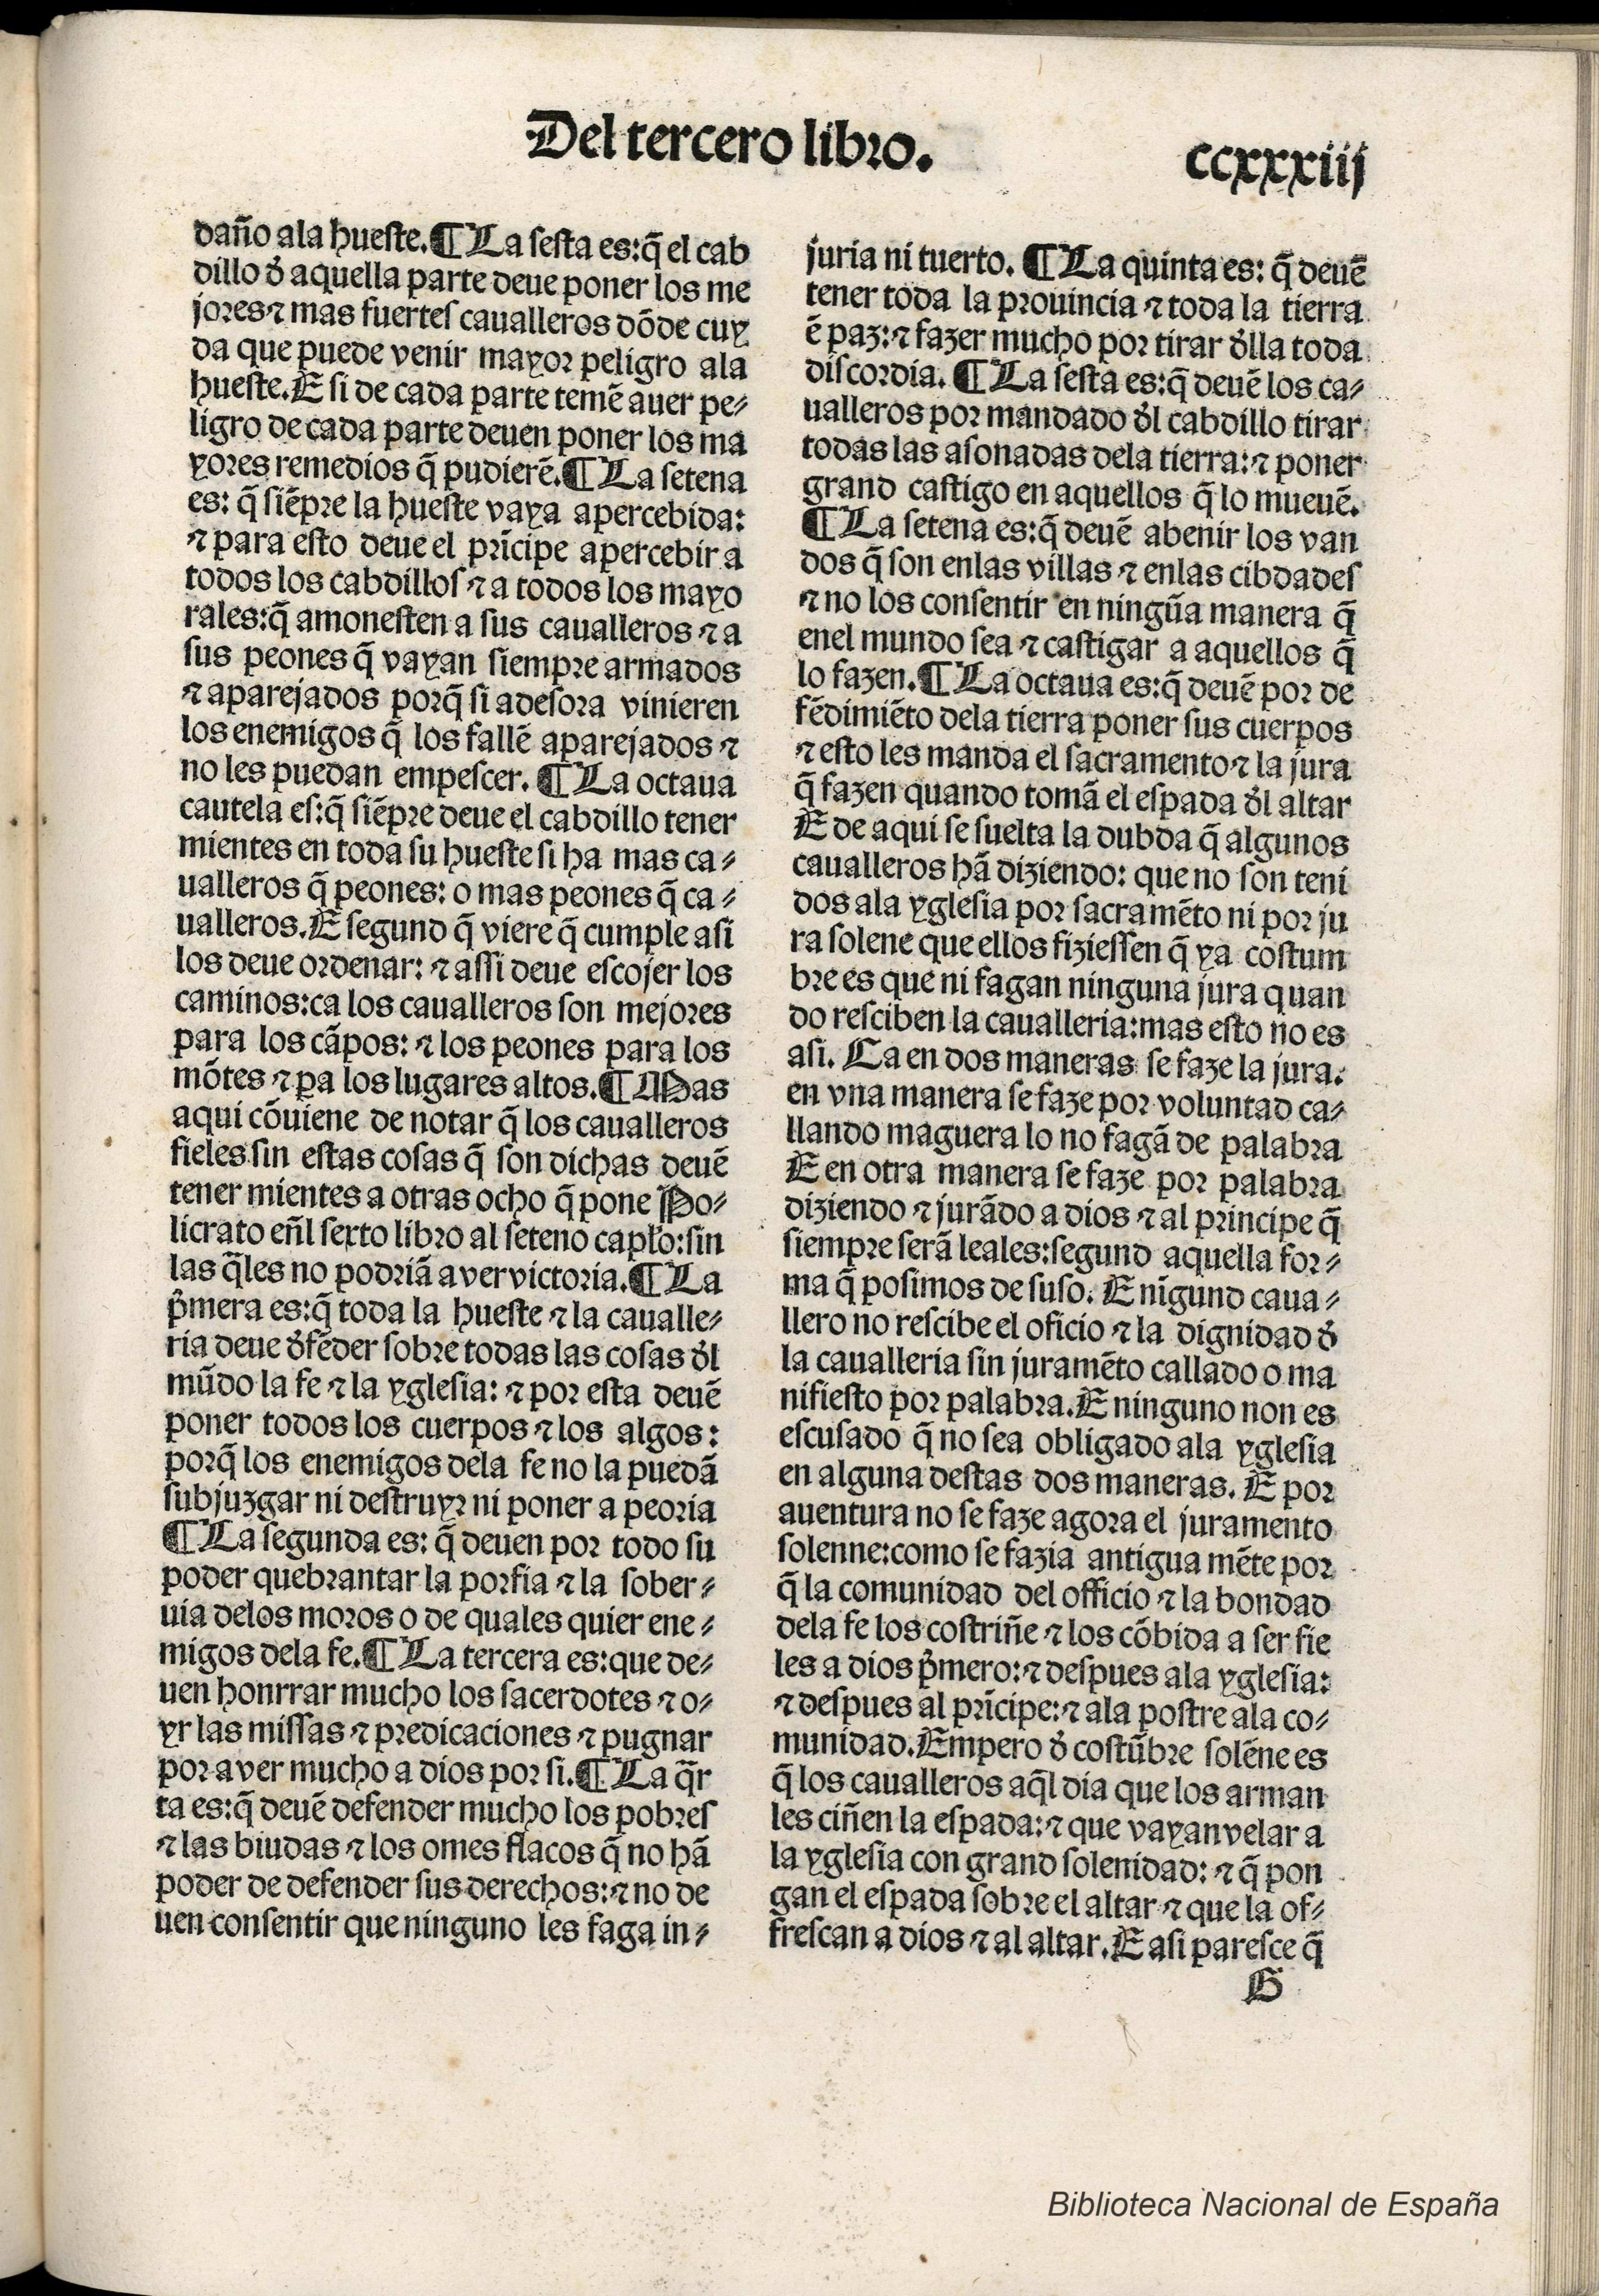
Shelfmark: Madrid, BNE, Inc. 901
Century: 15